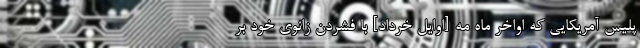
پلیس آمریکایی که اواخر ماه مه [اوایل خرداد] با فشردن زانوی خود بر